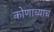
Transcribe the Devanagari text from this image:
कोणाच्याच